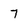
Character: 7